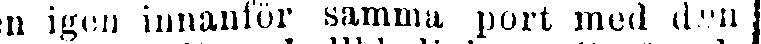
dan igen innanför samma port med den